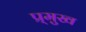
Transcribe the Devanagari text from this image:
प्र्मुख